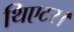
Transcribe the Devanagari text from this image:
थिएटर।